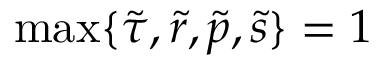
\operatorname* { m a x } \{ \tilde { \tau } , \tilde { r } , \tilde { p } , \tilde { s } \} = 1